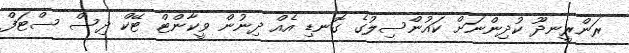
ރަންރީނދޫ ކުދިންނަށް ކައުންސިލުގެ ގޮނޑި އެއް ދިނުން ވީކާންޓް ޓޭކް ދިސް ސްޓަފް